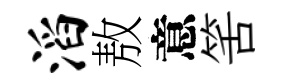
滔敖意筈